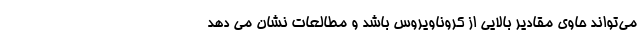
می‌تواند حاوی مقادیر بالایی از کروناویروس باشد و مطالعات نشان می دهد